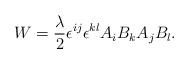
LaTeX: \begin{align*}W= \frac{\lambda}{2} \epsilon^{ij} \epsilon^{kl} A_iB_kA_jB_l.\end{align*}